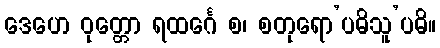
ဒေဟေ ဝုတ္တော ရထင်္ဂေ စ၊ စတုရော’ပဓိသူ’ပဓိ။